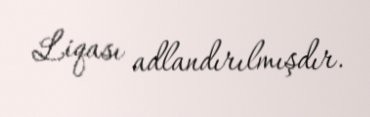
Liqası adlandırılmışdır.